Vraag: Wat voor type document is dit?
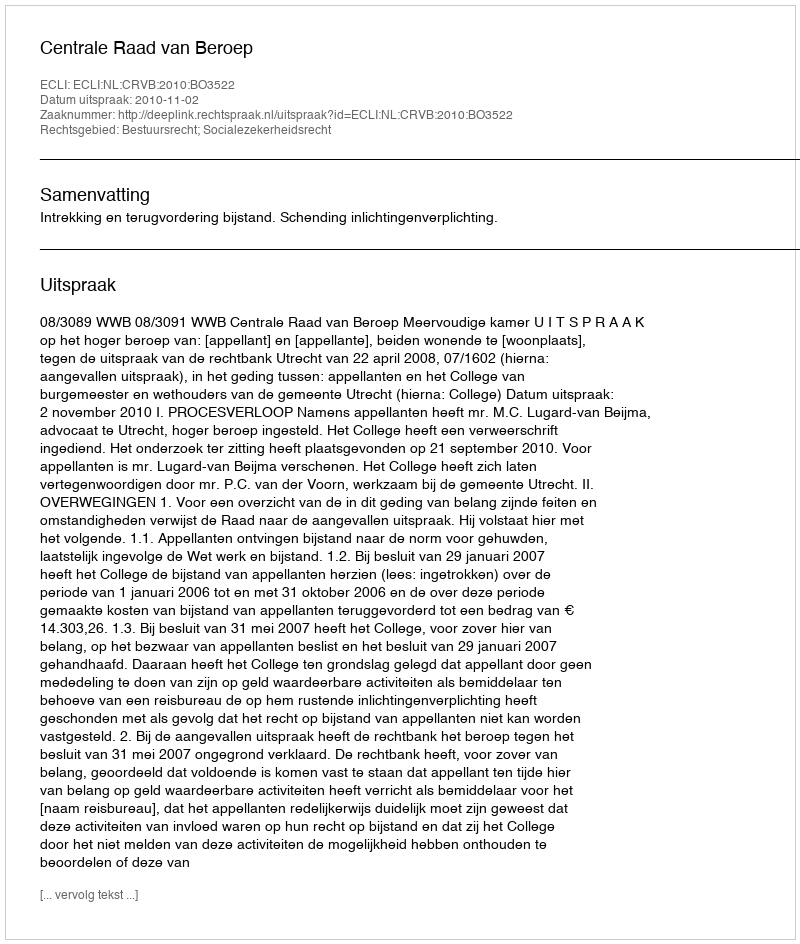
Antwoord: Uitspraak